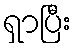
ရှာပြီး